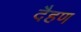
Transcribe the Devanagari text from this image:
दैहण